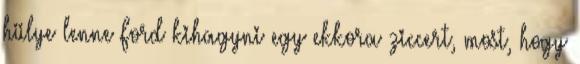
hülye lenne Ford kihagyni egy ekkora ziccert, most, hogy